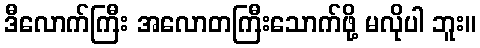
ဒီလောက်ကြီး အလောတကြီးသောက်ဖို့ မလိုပါ ဘူး။